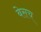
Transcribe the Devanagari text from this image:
बेसच